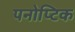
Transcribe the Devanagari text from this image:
पनोप्टिक